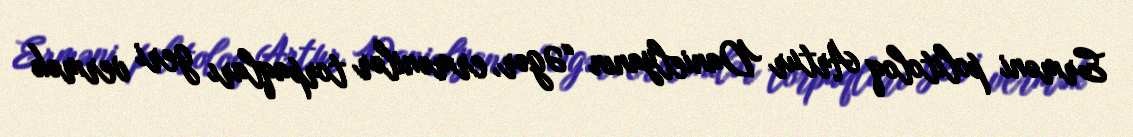
Erməni politoloq Artur Danielyanın “Əgər, ermənilər torpaqları geri vermək